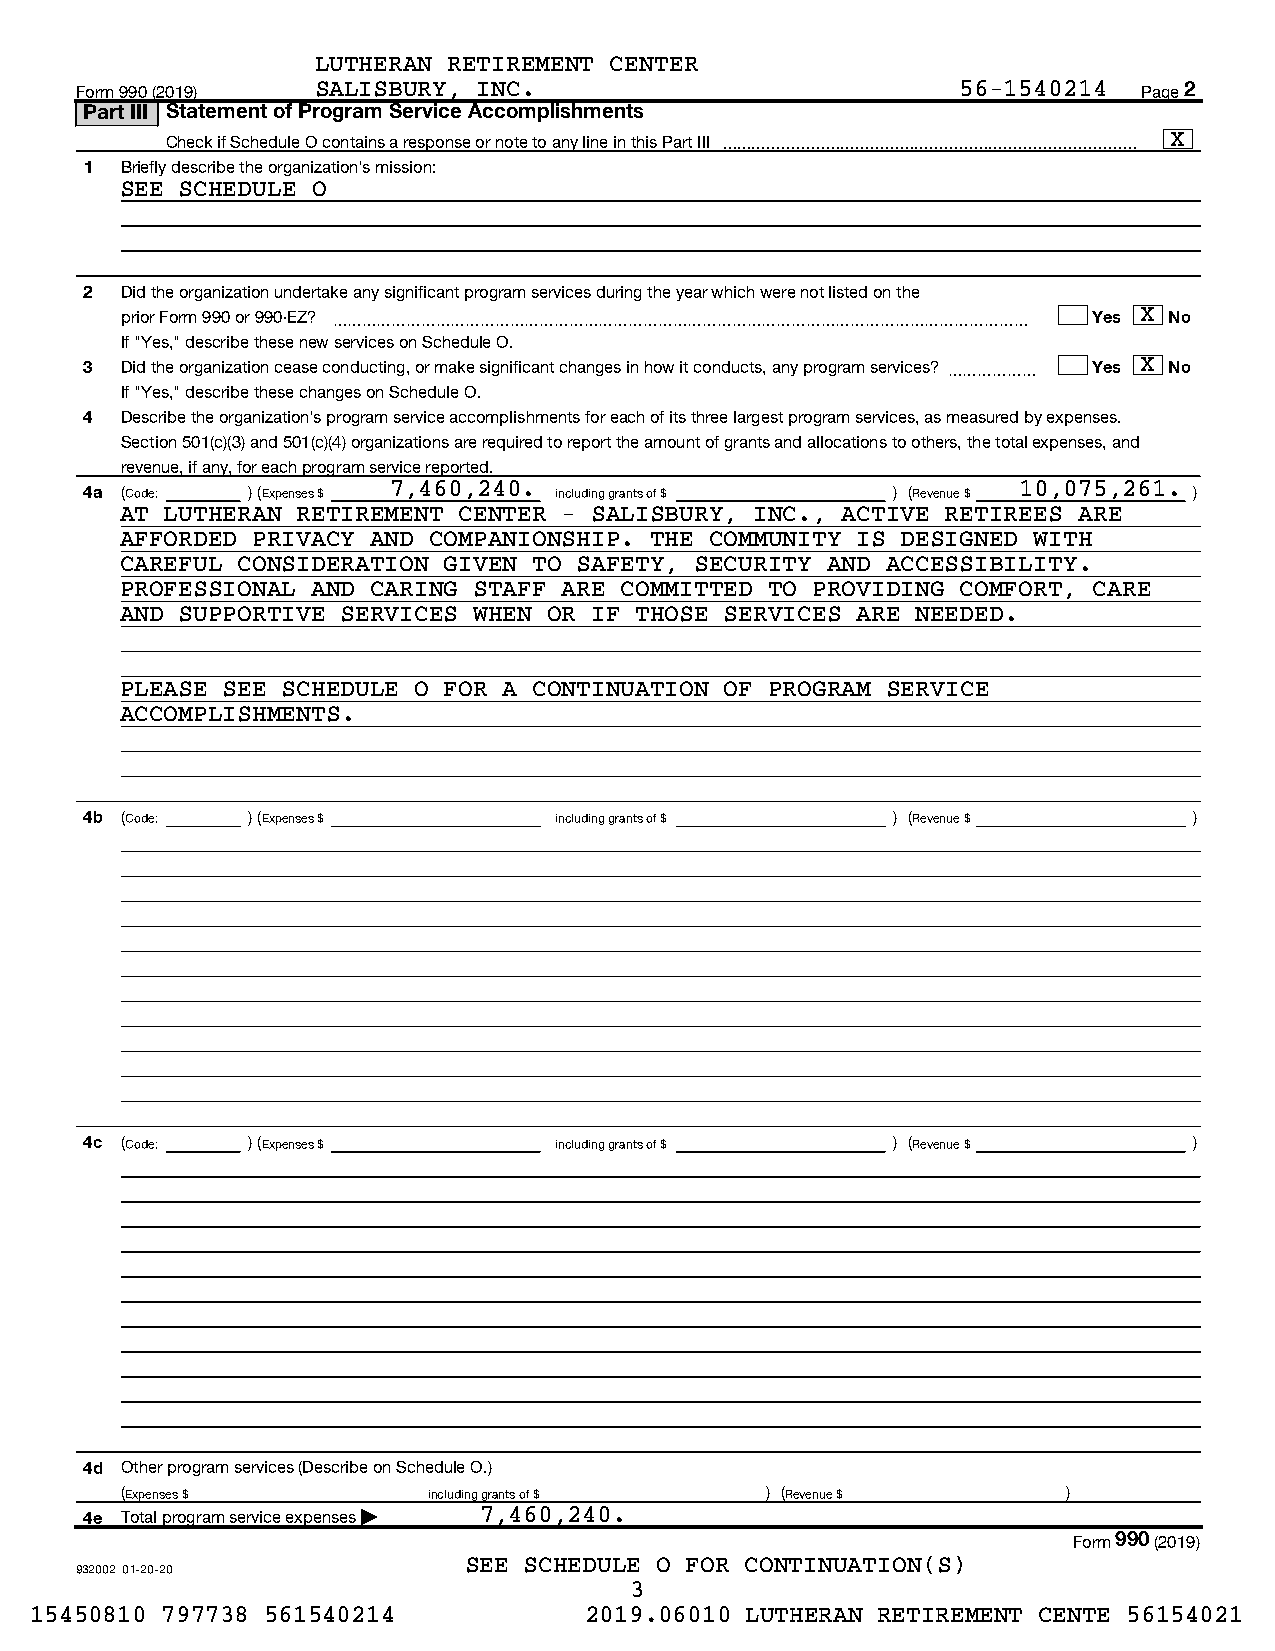
LUTHERAN RETIREMENT CENTER
 Form 990 (2019) SALISBURY, INC.                            56-1540214  Page 2
 Part III Statement of Program Service Accomplishments
 Check if Schedule O contains a response or note to any line in this Part III  X
 1 Briefly describe the organization's mission:
 SEE SCHEDULE O
 2 Did the organization undertake any significant program services during the year which were not listed on the
 prior Form 990 or 990-EZ? ~~~~~~~~~~~~~~~~~~~~~~~~~~~~~~~~~~~~~~~~~~~~~~~ Yes X No
 If "Yes," describe these new services on Schedule O.
 3 Did the organization cease conducting, or make significant changes in how it conducts, any program services? ~~~~~~ Yes X No
 If "Yes," describe these changes on Schedule O.
 4 Describe the organization's program service accomplishments for each of its three largest program services, as measured by expenses.
 Section 501(c)(3) and 501(c)(4) organizations are required to report the amount of grants and allocations to others, the total expenses, and
 revenue, if any, for each program service reported.
 4a (Code: ) (Expenses $ 7,460,240. including grants of $ ) (Revenue $ 10,075,261. )
 AT LUTHERAN RETIREMENT CENTER - SALISBURY, INC., ACTIVE RETIREES ARE
 AFFORDED PRIVACY AND COMPANIONSHIP. THE COMMUNITY IS DESIGNED WITH
 CAREFUL CONSIDERATION GIVEN TO SAFETY, SECURITY AND ACCESSIBILITY.
 PROFESSIONAL AND CARING STAFF ARE COMMITTED TO PROVIDING COMFORT, CARE
 AND SUPPORTIVE SERVICES WHEN OR IF THOSE SERVICES ARE NEEDED.
 PLEASE SEE SCHEDULE O FOR A CONTINUATION OF PROGRAM SERVICE
 ACCOMPLISHMENTS.
 4b (Code: ) (Expenses $        including grants of $ ) (Revenue $        )
 4c (Code: ) (Expenses $        including grants of $ ) (Revenue $        )
 4d Other program services (Describe on Schedule O.)
 (Expenses $         including grants of $  ) (Revenue $        )
 4e Total program service expenses | 7,460,240.
 Form990(2019)
 SEE SCHEDULE O FOR CONTINUATION(S)
 932002 01-20-20
 3
 15450810 797738 561540214            2019.06010 LUTHERAN RETIREMENT CENTE 56154021